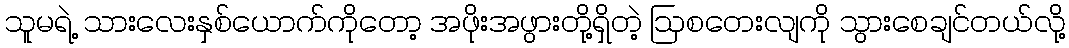
သူမရဲ့ သားလေးနှစ်ယောက်ကိုတော့ အဖိုးအဖွားတို့ရှိတဲ့ ဩစတေးလျကို သွားစေချင်တယ်လို့